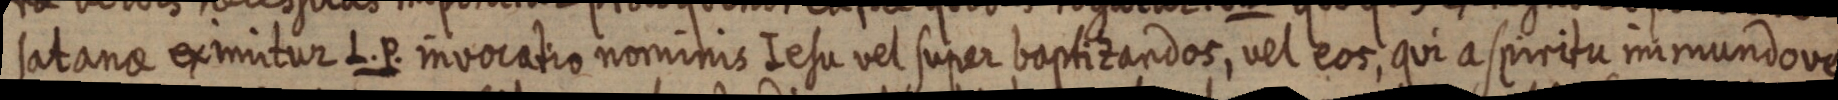
satanae ex imitur L. P. invocatio nominis Iesu vel super baptizandos, vel eos, qui aspiritu immundove